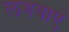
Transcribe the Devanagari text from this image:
लगवाएं